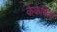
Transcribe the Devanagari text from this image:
केकेबिर्ला